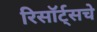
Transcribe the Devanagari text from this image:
रिसॉर्ट्सचे